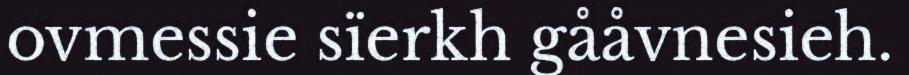
ovmessie sïerkh gååvnesieh.